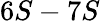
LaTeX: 6S-7S